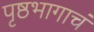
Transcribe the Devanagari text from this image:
पृष्ठभागाचं